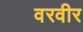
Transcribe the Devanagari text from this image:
वरवीर